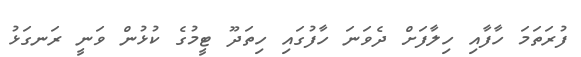
ފުރަތަމަ ހާފާއި ހިލާފަށް ދެވަނަ ހާފުގައި ހިތަދޫ ޓީމުގެ ކުޅުން ވަނީ ރަނގަޅު